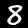
Digit: 8